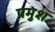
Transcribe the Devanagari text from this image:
प्रमुश